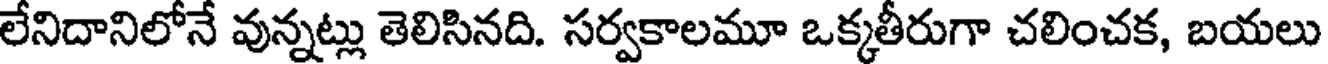
లేనిదానిలోనే వున్నట్లు తెలిసినది. సర్వకాలమూ ఒక్కతీరుగా చలించక, బయలు